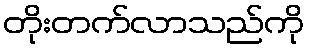
တိုးတက်လာသည်ကို